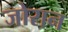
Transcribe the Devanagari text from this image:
जोरान